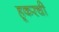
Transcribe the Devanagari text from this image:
हूकरची